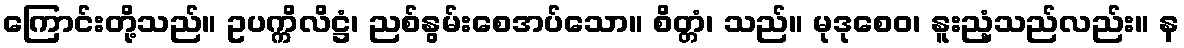
ကြောင်းတို့သည်။ ဥပက္ကိလိဋ္ဌံ၊ ညစ်နွမ်းစေအပ်သော။ စိတ္တံ၊ သည်။ မုဒုစေဝ၊ နူးညံ့သည်လည်း။ န